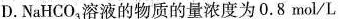
D.NaHCO_{4}溶液的物质的量浓度为0.8mol/L